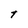
Character: t